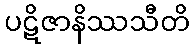
ပဋိဇာနိဿသီတိ